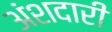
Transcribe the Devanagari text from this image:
अंशदारी